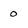
Character: 0